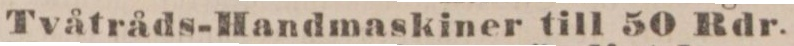
Tvåtråds-Handmaskiner till 50 Rdr.